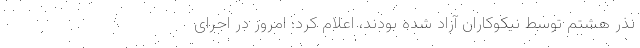
نذر هشتم توسط نیکوکاران آزاد شده بودند، اعلام کرد: امروز در اجرای